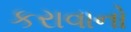
કરાવાનો